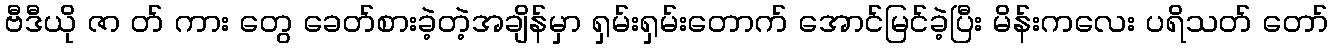
ဗီဒီယို ဇာ တ် ကား တွေ ခေတ်စားခဲ့တဲ့အချိန်မှာ ရှမ်းရှမ်းတောက် အောင်မြင်ခဲ့ပြီး မိန်းကလေး ပရိသတ် တော်